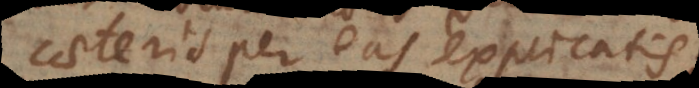
caeteris per eas explicatis.